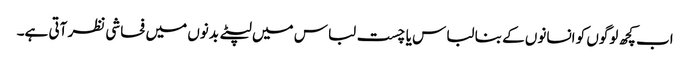
اب کچھ لوگوں کو انسانوں کے بنا لباس یا چست لباس میں لپٹے بدنوں میں فحاشی نظر آتی ہے۔